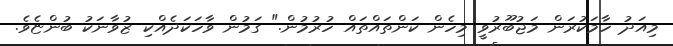
މިއަދު ހާމަކުރަން މަޖުބޫރުވީ މިހެން ކަންތައްތައް ހުރުމުން." ގަމުން ވާހަކަދެއްކި ޒުވާނަކު ބުންޏެވެ.